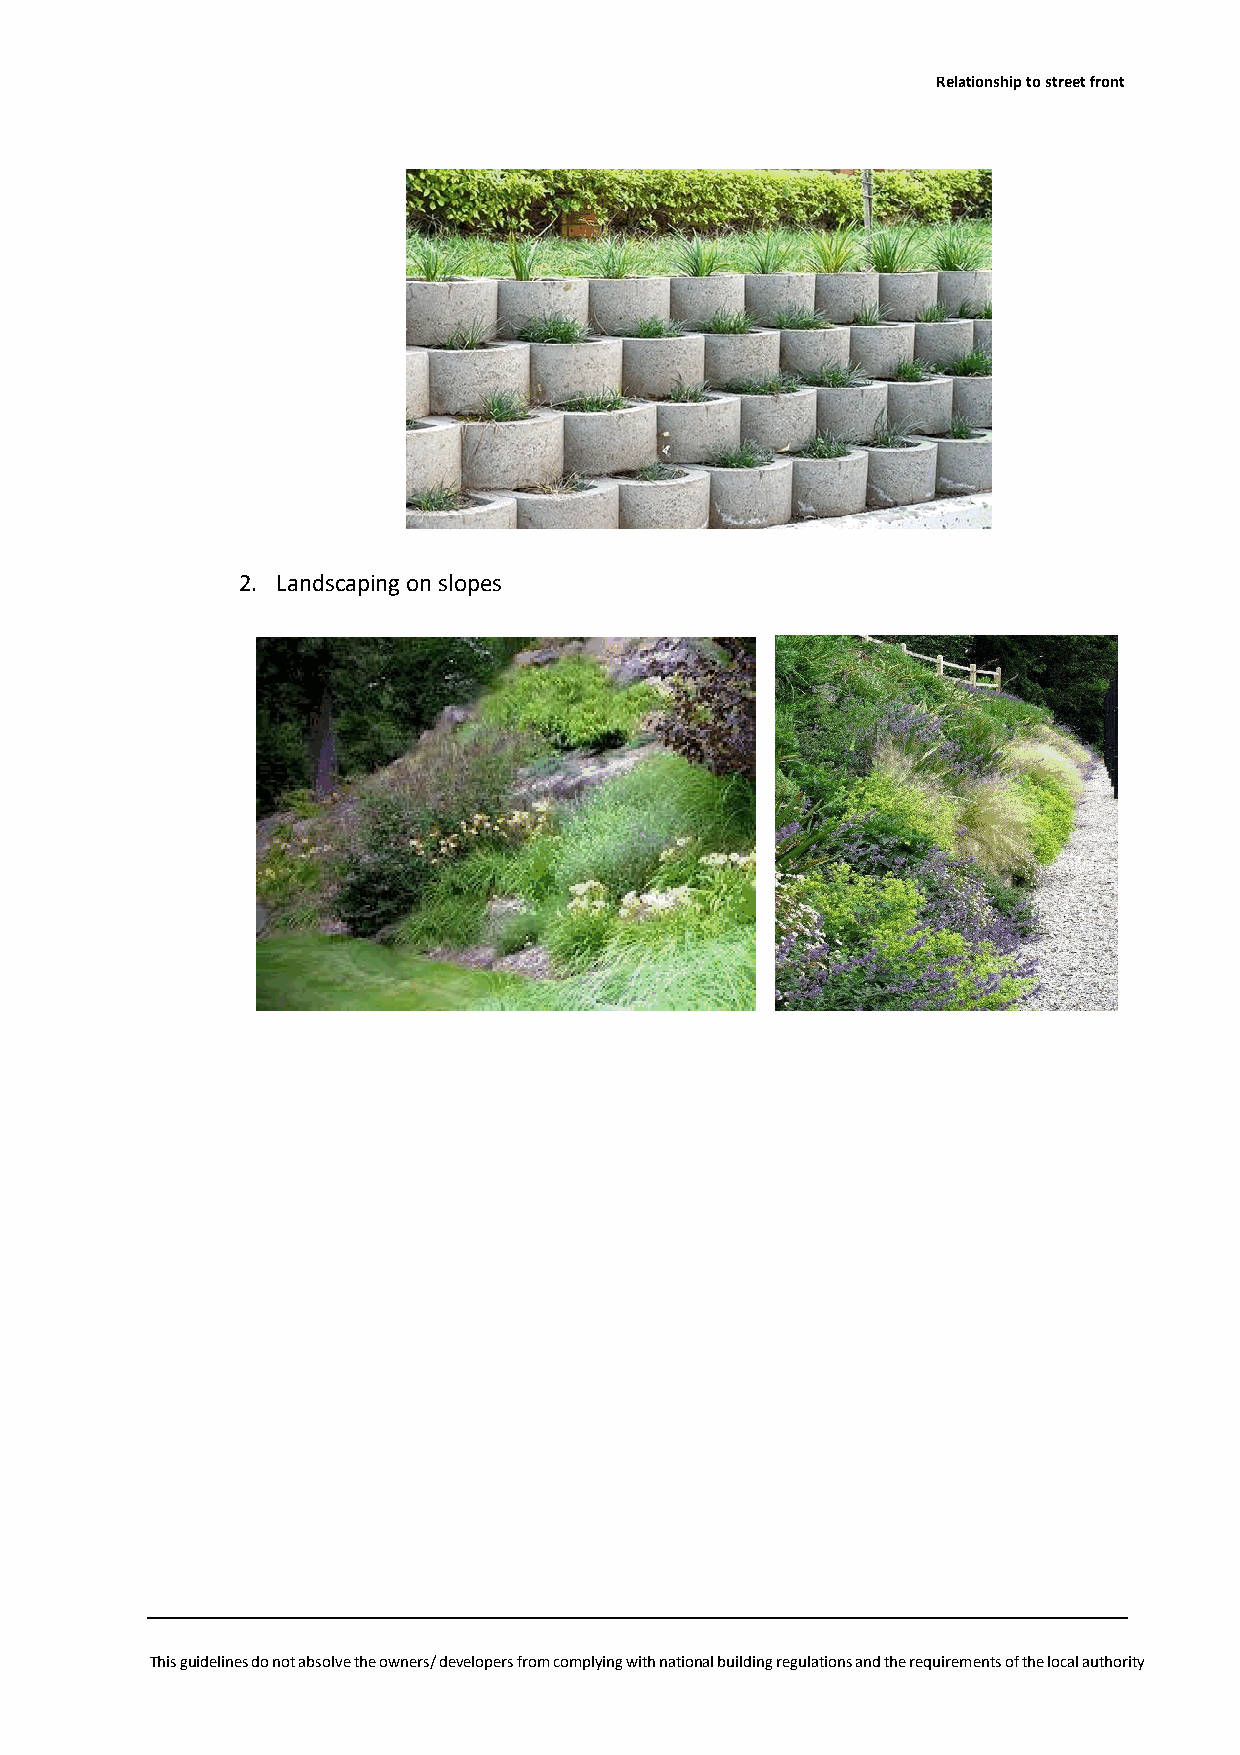
Relationship to street front
 2. Landscaping on slopes
 This guidelines do not absolve the owners/ developers from complying with national building regulations and the requirements of the local authority